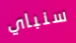
سنباي